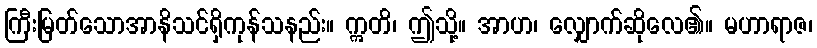
ကြီးမြတ်သောအာနိသင်ရှိကုန်သနည်း။ ဣတိ၊ ဤသို့။ အာဟ၊ လျှောက်ဆိုလေ၏။ မဟာရာဇ၊